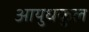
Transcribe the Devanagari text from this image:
आयुधकुल